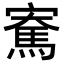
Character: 𪧫